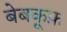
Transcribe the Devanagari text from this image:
बेबकूफ़